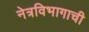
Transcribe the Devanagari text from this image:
नेत्रविभागाची